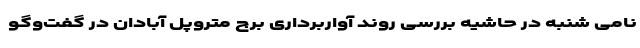
نامی شنبه در حاشیه بررسی روند آواربرداری برج متروپل آبادان در گفت‌وگو